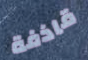
قاذفة